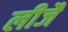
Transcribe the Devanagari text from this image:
लीजै